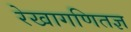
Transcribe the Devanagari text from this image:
रेखागणितज्ञ